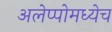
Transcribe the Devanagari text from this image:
अलेप्पोमध्येच